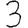
Digit: 3